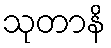
သုတာနိ